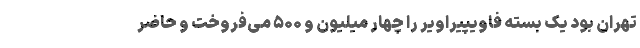
تهران بود یک بسته فاویپیراویر را چهار میلیون و ۵۰۰ می‌فروخت و حاضر